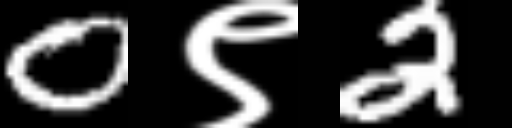
Text: 0९2